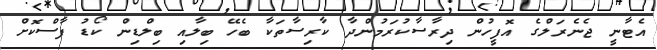
އެޓާނީ ޖެނެރަލްގެ އޮފީހުން ދިރާސާކުރަމުންދާ ކާރިސާތަކާ ބެހޭ ބިލާއި ބިލްޑިން ކޯޑު ފާސްކޮށް